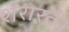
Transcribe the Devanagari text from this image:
शरारतें।